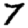
Digit: 7